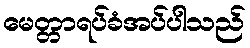
မေတ္တာရပ်ခံအပ်ပါသည်